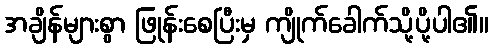
အချိန်များစွာ ဖြုန်းစေပြီးမှ ကျိုက်ခေါက်သို့ပို့ပါ၏။